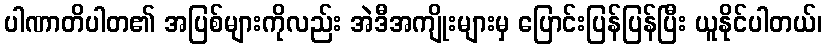
ပါဏာတိပါတ၏ အပြစ်များကိုလည်း အဲဒီအကျိုးများမှ ပြောင်းပြန်ပြန်ပြီး ယူနိုင်ပါတယ်၊